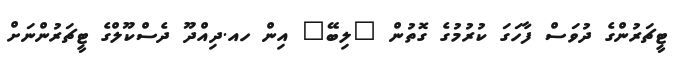
ޓީޗަރުންގެ ދުވަސް ފާހަގަ ކުރުމުގެ ގޮތުން "ލިބޭ" އިން ހއ.ދިއްދޫ ދެސްކޫލްގެ ޓީޗަރުންނަށް